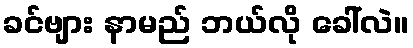
ခင်ဗျား နာမည် ဘယ်လို ခေါ်လဲ။